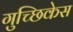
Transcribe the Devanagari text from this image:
गुच्छिकेस